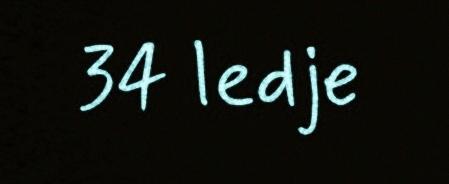
34 ledje